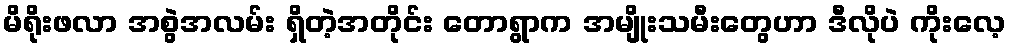
မိရိုးဖလာ အစွဲအလမ်း ရှိတဲ့အတိုင်း တောရွာက အမျိုးသမီးတွေဟာ ဒီလိုပဲ ကိုးလေ့